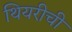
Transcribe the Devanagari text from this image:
थियरीची